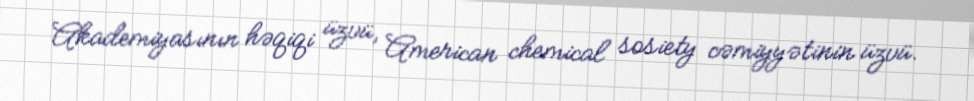
Akademiyasının həqiqi üzvü, American chemical sosiety cəmiyyətinin üzvü.